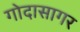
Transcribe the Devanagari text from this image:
गोदासागर